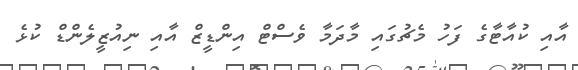
އާއި ކުއާޓާގެ ފަހު މެޗުގައި މާދަމާ ވެސްޓް އިންޑީޒް އާއި ނިއުޒީލެންޑް ކުޅެ